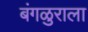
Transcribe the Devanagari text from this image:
बंगळुराला